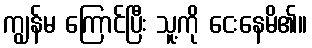
ကျွန်မ ကြောင်ပြီး သူ့ကို ငေးနေမိ၏။